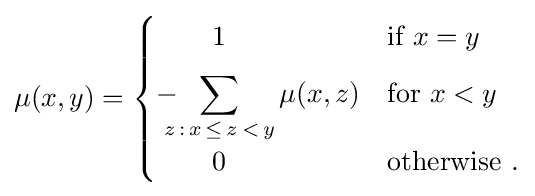
\mu (x,y)={\begin{cases}{}\qquad 1&{\text{if }}x=y\\[6pt]\displaystyle -\!\!\!\!\sum _{z\,:\,x\,\leq \,z\,<\,y}\mu (x,z)&{\text{for }}x<y\\{}\qquad 0&{\text{otherwise }}.\end{cases}}